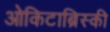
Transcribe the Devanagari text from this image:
ओकिटाब्रिस्की